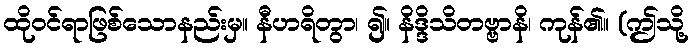
ထိုဝင်ရာဖြစ်သောနည်းမှ။ နီဟရိတွာ၊ ၍။ နိဒ္ဒိသိတဗ္ဗာနိ၊ ကုန်၏။ (ဤသို့